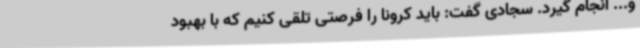
و... انجام گیرد. سجادی گفت: باید کرونا را فرصتی تلقی کنیم که با بهبود